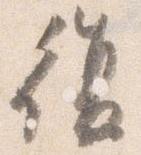
復